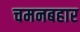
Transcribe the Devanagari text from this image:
चमनबहार